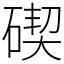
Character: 碶